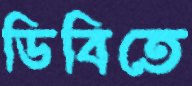
ডিবিতে